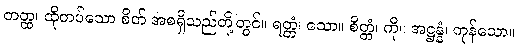
တတ္ထ၊ ထိုတပ်သော စိတ် အစရှိသည်တို့တွင်။ ရတ္တံ၊ သော။ စိတ္တံ၊ ကို။ အဋ္ဌန္နံ၊ ကုန်သော။